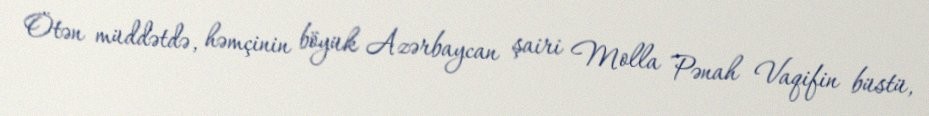
Ötən müddətdə, həmçinin böyük Azərbaycan şairi Molla Pənah Vaqifin büstü,